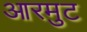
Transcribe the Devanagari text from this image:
आरमुट